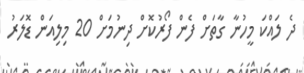
ދެ ލައްކަ މީހުނާ ގާތަށް ފެން ފޯރުކޮށް ދިނުމަށް 20 މިލިއަން ޑޮލަރު